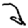
Digit: 2